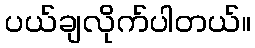
ပယ်ချလိုက်ပါတယ်။